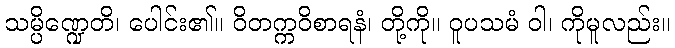
သမ္ပိဏ္ဍေတိ၊ ပေါင်း၏။ ဝိတက္ကဝိစာရနံ၊ တို့ကို။ ဝူပသမံ ဝါ၊ ကိုမူလည်း။